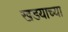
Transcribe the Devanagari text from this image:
खडयाच्या